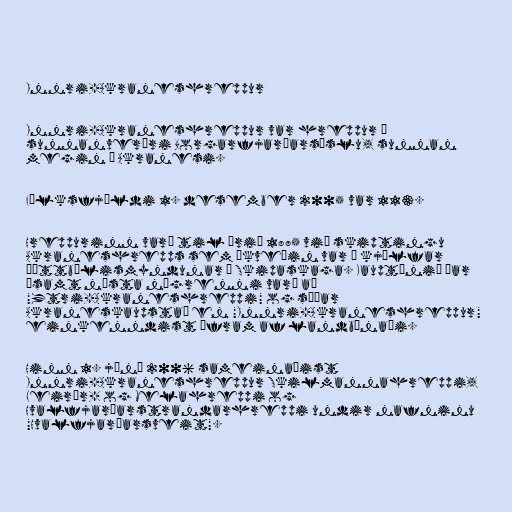
Innri-Akraneshreppur

Innri-Akraneshreppur var hreppur í
sunnanverðri Borgarfjarðarsýslu, sunnan
megin á Akranesi.

Fólksfjöldi 1. desember 2005 var 113.

Hreppurinn varð til árið 1885 við skiptingu
Akraneshrepps sem ákveðin var í kjölfar
þéttbýlismyndunar á Skipaskaga. Kauptúnið þar
ásamt næsta nágrenni varð að
"Ytri-Akraneshreppi" og síðar
Akraneskaupstað en "Innri-Akraneshreppur"
einkenndist áfram af landbúnaði.

Hinn 1. júní 2006 sameinaðist
Innri-Akraneshreppur Skilmannahreppi,
Leirár- og Melahreppi og
Hvalfjarðarstrandarhreppi undir nafninu
"Hvalfjarðarsveit".